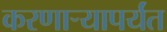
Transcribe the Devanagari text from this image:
करणाऱ्यापर्यंत